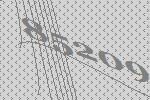
85209